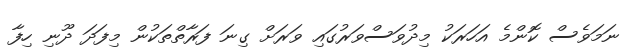
ނަމަވެސް ކޮންމެ އަހަރަކު މިދުވަސްވަރުގައި ވަރަށް ގިނަ ފަރާތްތަކުން މިފަދަ ދޫނި ހިފާ